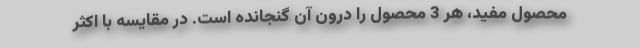
محصول مفید، هر 3 محصول را درون آن گنجانده است. در مقایسه با اکثر